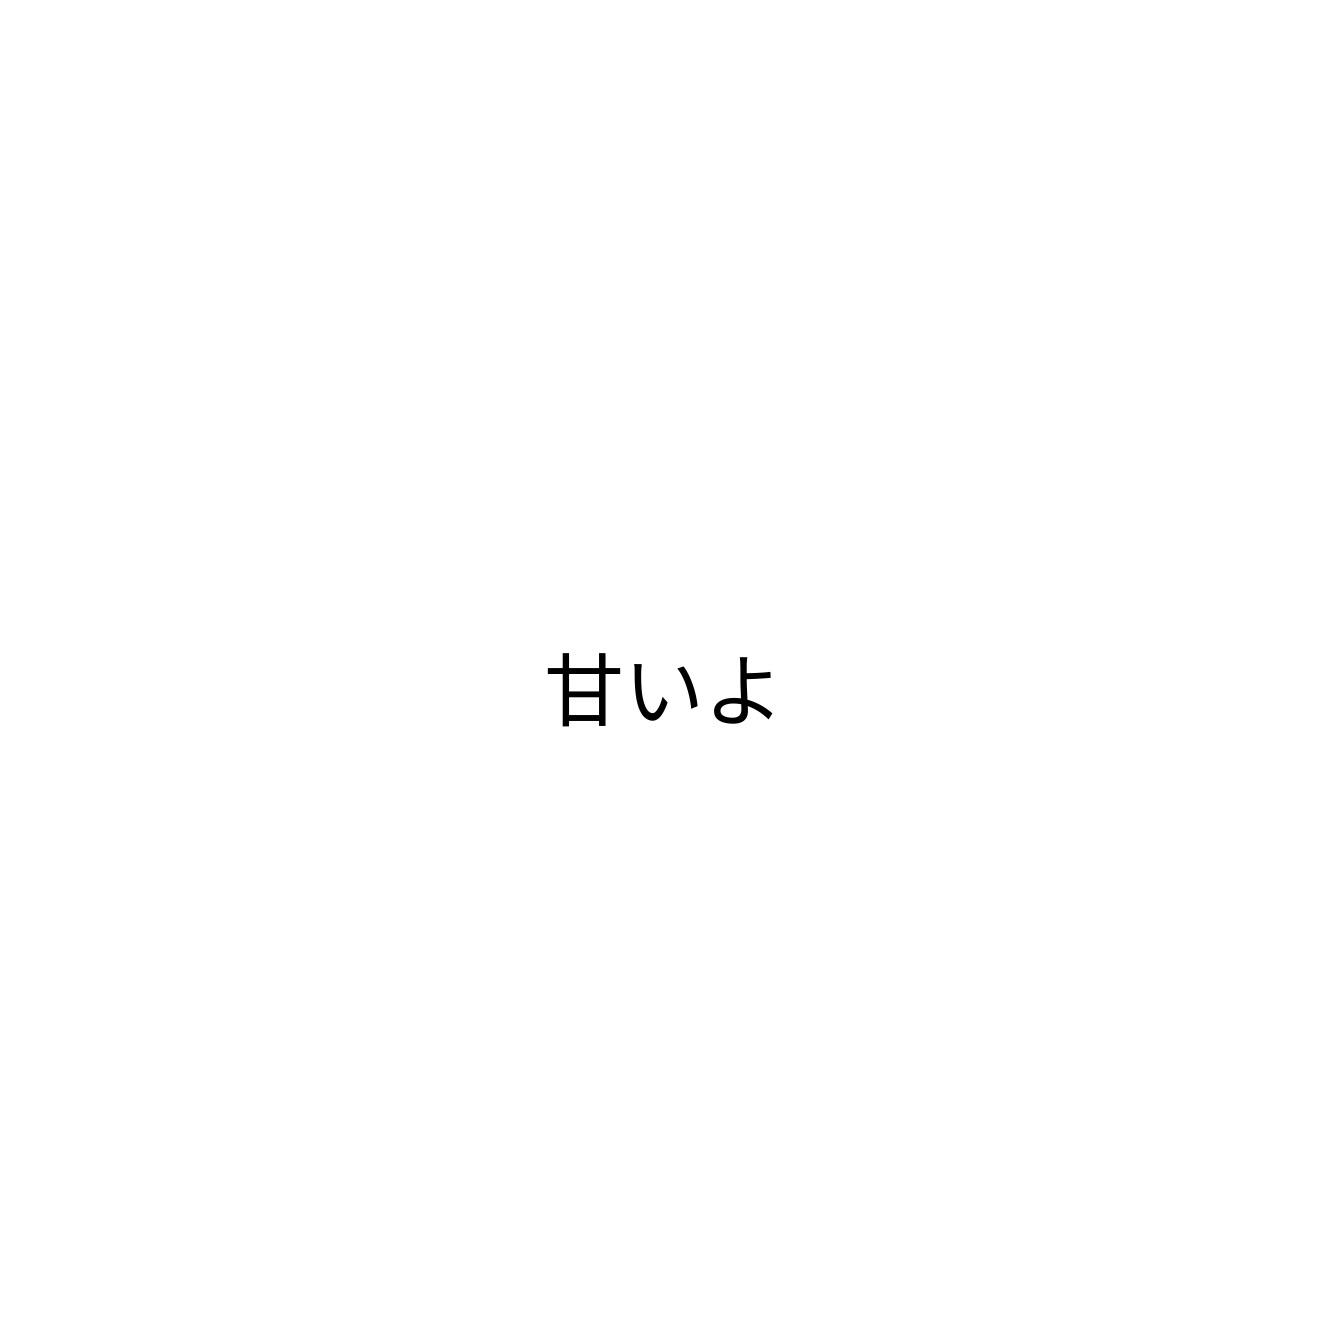
甘いよ